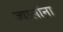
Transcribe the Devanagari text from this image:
ज्वालांना